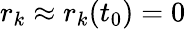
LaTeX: r_{k}\approx r_{k}(t_{0})=0